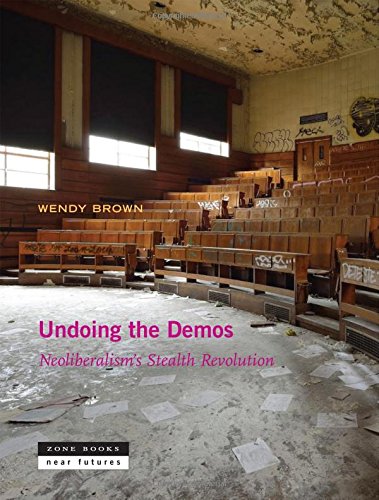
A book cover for Undoing the Demos: Neoliberalism's Stealth Revolution (Zone Books Ner Futures); Wendy Brown; Business & Money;